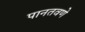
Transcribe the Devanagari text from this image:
पानतवणे